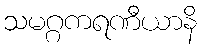
သမဂ္ဂကရဏီယာနိ